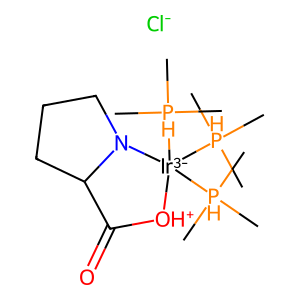
SMILES: C[PH](C)(C)[Ir-3]1([PH](C)(C)C)([PH](C)(C)C)[OH+]C(=O)C2CCCN21.[Cl-]
Inhibits HIV replication: No